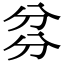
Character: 𠔑